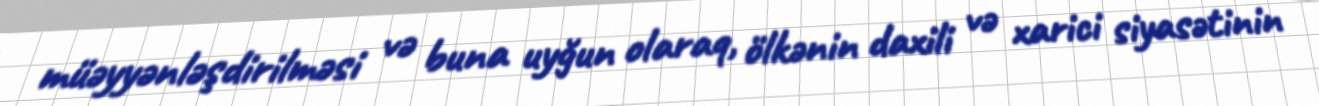
müəyyənləşdirilməsi və buna uyğun olaraq, ölkənin daxili və xarici siyasətinin